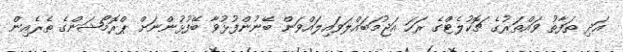
އަދި ތަފާތު ވައްތަރުގެ ޗޮކުލެޓްގެ ރަހަ އަޖުމަބައްލަވައިލައްވަން ބޭނުންފުޅުވާ ބޭފުޅުންނަށް ޕްރޮމޯޝަންގެ ތެރެއިން